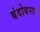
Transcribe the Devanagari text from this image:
बंदोबस्त।